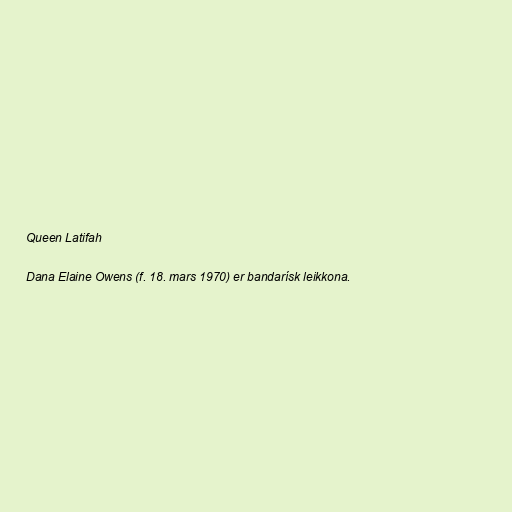
Queen Latifah

Dana Elaine Owens (f. 18. mars 1970) er bandarísk leikkona.